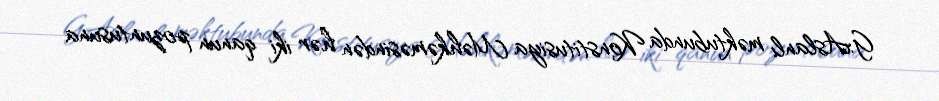
G.Aslanlı məktubunda Konstitusiya Məhkəməsindən hər iki qanun pozuntusuna